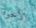
الأخوة